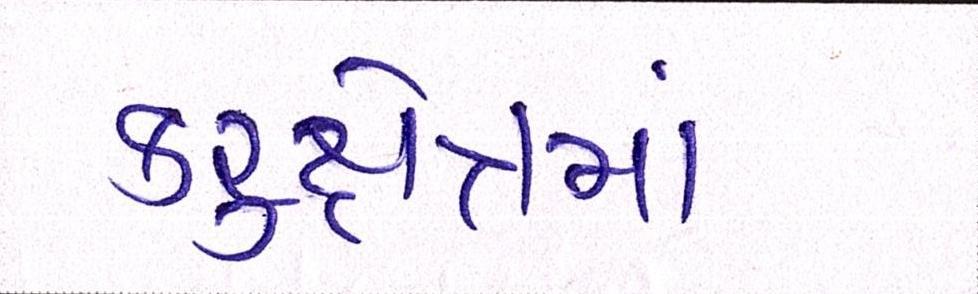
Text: કરુક્ષેત્રમાં